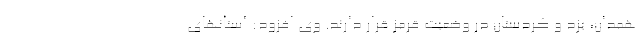
همدان، یزد و کردستان در وضعیت قرمز قرار دارند. وی افزود: استانهای